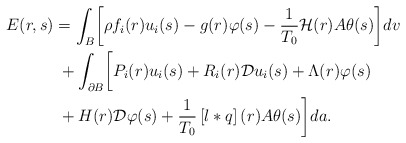
\begin{align*}\begin{aligned}E(r,s) & =\int_{B}\biggl[\rho f_{i}(r)u_{i}(s)-g(r)\varphi(s)-\frac{1}{T_{0}}\mathcal{H}(r)A\theta(s)\biggr]dv\ \\ & \;+\int_{\partial B}\biggl[P_{i}(r)u_{i}(s)+R_{i}(r)\mathcal{D}u_{i}(s)+\Lambda(r)\varphi(s)\\ & \;+H(r)\mathcal{D}\varphi(s)+\frac{1}{T_{0}}\left[l*q\right](r)A\theta(s)\biggr]da.\end{aligned}\end{align*}